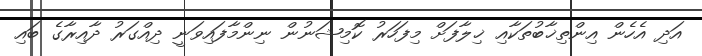
އަދި އެހެން އިންތިޚާބުތަކާއި ޚިލާފަށް މިފަހަރު ކޮމިޝަނުން ނިންމާފައިވަނީ ދިއްގަރު ދާއިރާގެ ބައި